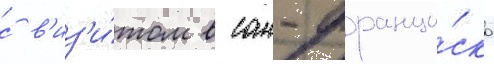
с в'из'и́том в сан-франци́ско